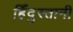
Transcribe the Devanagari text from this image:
हिँदुस्तानी